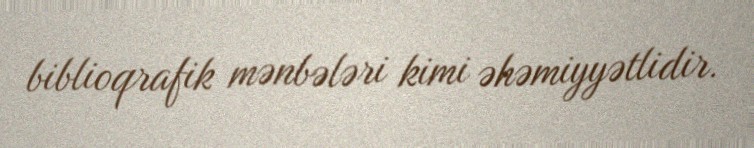
biblioqrafik mənbələri kimi əhəmiyyətlidir.